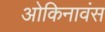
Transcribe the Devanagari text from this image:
ओकिनावंस